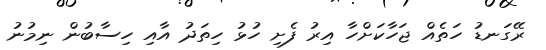
ރޭގަނޑު ހަތެއް ޖަހާކަށްހާ އިރު ފެށި ހުޅު ހިތަދު އާއި ހިސާބުން ނިމުނު